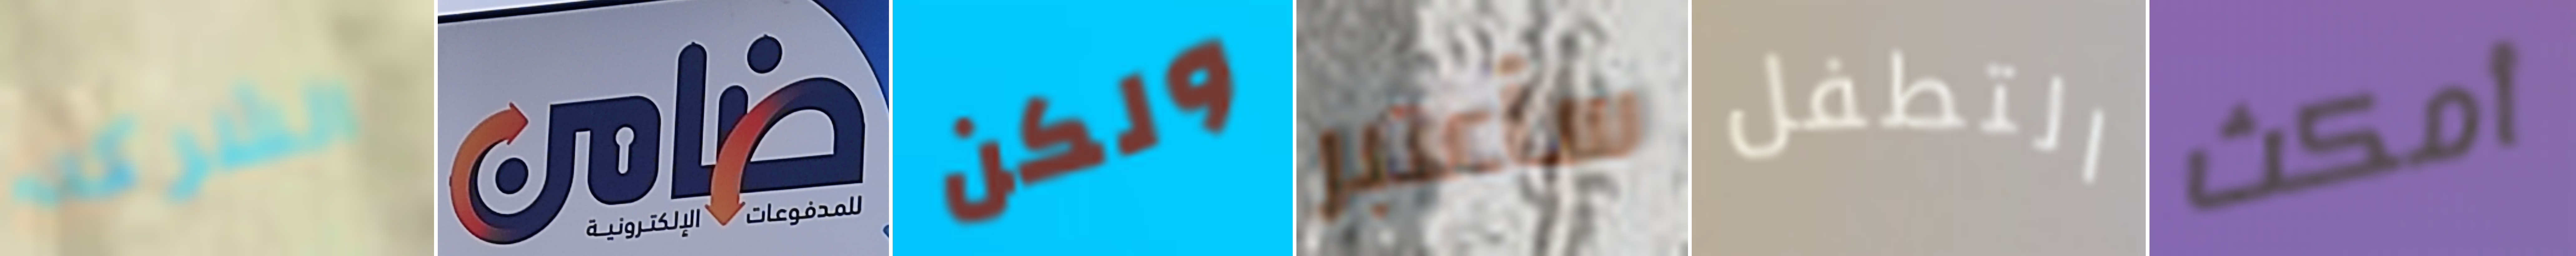
الشركه ضامن ولكن سأعتبر التطفل أمكث